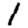
Digit: 1